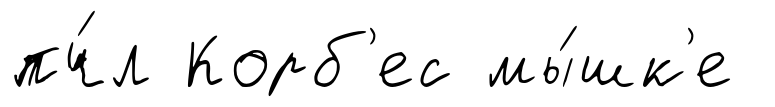
пч́л Корб'ес мы́шк'е